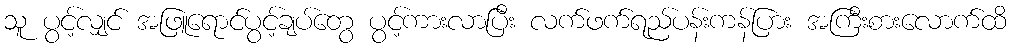
သူ ပွင့်လျှင် အဖြူရောင်ပွင့်ချပ်တွေ ပွင့်ကားလာပြီး လက်ဖက်ရည်ပန်းကန်ပြား အကြီးစားလောက်ထိ